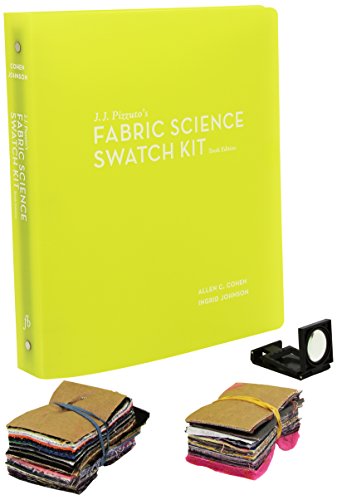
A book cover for J.J. Pizzuto's Fabric Science Swatch Kit; Allen C. Cohen; Arts & Photography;